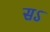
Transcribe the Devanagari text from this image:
सऽ